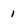
Character: 1